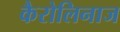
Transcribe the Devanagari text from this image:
कैरोलिनाज